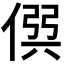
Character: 𠊨